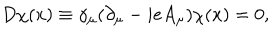
LaTeX: D \chi ( x ) \equiv \gamma _ { \mu } ( \partial _ { \mu } - i e A _ { \mu } ) \chi ( x ) = 0 ,